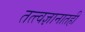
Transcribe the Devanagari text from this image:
तत्त्वज्ञानातही